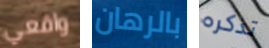
واقعي بالرهان تذكره